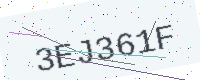
Text: 3EJ361F